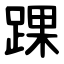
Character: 踝